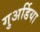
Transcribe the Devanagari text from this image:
गुअर्डिया